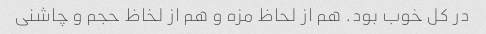
در کل خوب بود. هم از لحاظ مزه و هم از لخاظ حجم و چاشنی